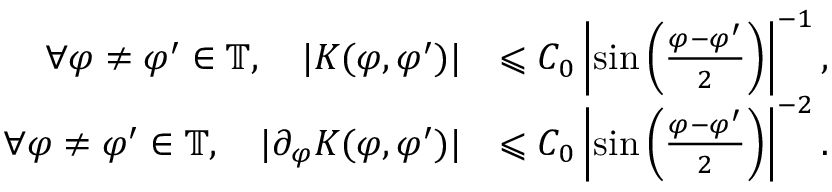
\begin{array} { r l } { \forall \varphi \neq \varphi ^ { \prime } \in \mathbb { T } , \quad | K ( \varphi , \varphi ^ { \prime } ) | } & { \leqslant C _ { 0 } \left| \sin \left( \frac { \varphi - \varphi ^ { \prime } } { 2 } \right) \right| ^ { - 1 } , } \\ { \forall \varphi \neq \varphi ^ { \prime } \in \mathbb { T } , \quad | \partial _ { \varphi } K ( \varphi , \varphi ^ { \prime } ) | } & { \leqslant C _ { 0 } \left| \sin \left( \frac { \varphi - \varphi ^ { \prime } } { 2 } \right) \right| ^ { - 2 } . } \end{array}